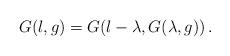
LaTeX: \begin{align*} G(l, g)=G(l-\lambda, G(\lambda, g))\,.\end{align*}